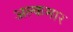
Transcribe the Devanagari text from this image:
अल्कमार